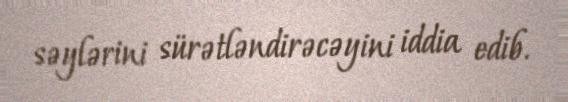
səylərini sürətləndirəcəyini iddia edib.